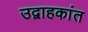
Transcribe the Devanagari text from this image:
उद्वाहकांत